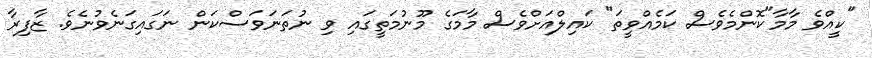
"ކީއްވެ މާމާ"ކޮންމެވެސް ކަމެއްވީތަ" ކައިލްއަށްވެސް މާމަގެ މޫނުމަތީގައި ވި ނުތަނަވަސްކަން ނަގައިގަނެވުނެވެ. ޒާފިރާ